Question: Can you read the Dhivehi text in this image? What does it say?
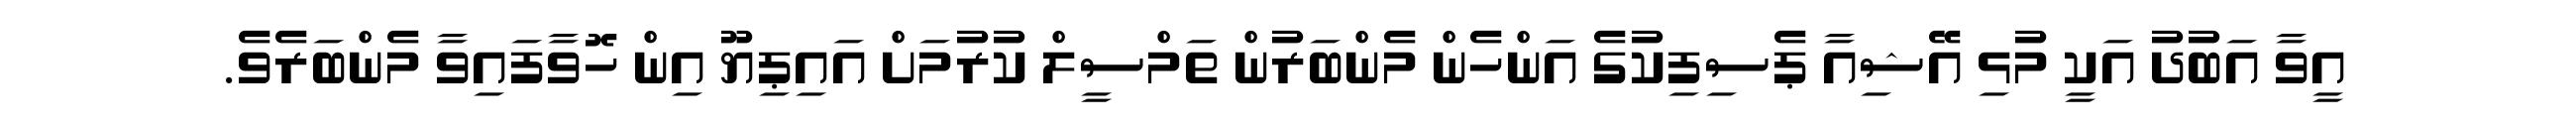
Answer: އީވާ އަބުދު އަކީ މުޅި އޭޝިއާ ޕެސިފިކުގެ އަންހެން މެންބަރުން ތަމްސީލް ކުރުމަށް އައިޕިޔޫ އިން ހޮވާފައިވާ މެންބަރެވެ.